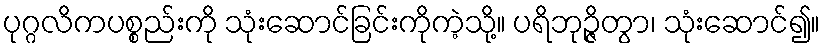
ပုဂ္ဂလိကပစ္စည်းကို သုံးဆောင်ခြင်းကိုကဲ့သို့။ ပရိဘုဉ္ဇိတွာ၊ သုံးဆောင်၍။